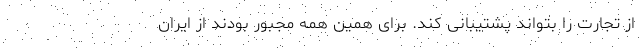
از تجارت را بتواند پشتیبانی کند. برای همین همه مجبور بودند از ایران